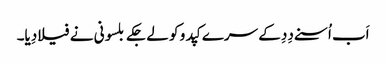
اَب اُسنے دِدِ کے سرے کپدو کو لے جکے بلسونی نے فیلا دِیا۔